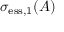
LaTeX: \sigma _ { \mathrm { e s s } , 1 } ( A )